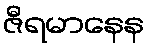
ဇီရမာနေန